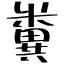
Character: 糞